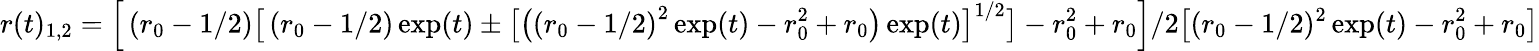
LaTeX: r(t)_{1,2}=\Big[\left(r_{0}-1/2\right)\big[\left(r_{0}-1/2\right)\exp(t)\pm\big[\big(\left(r_{0}-1/2\right)^{2}\exp(t)-r_{0}^{2}+r_{0}\big)\exp(t)\big]^{1/2}\big]-r_{0}^{2}+r_{0}\Big]/2\big[(r_{0}-1/2)^{2}\exp(t)-r_{0}^{2}+r_{0}\big]